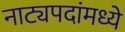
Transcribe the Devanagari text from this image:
नाट्यपदांमध्ये